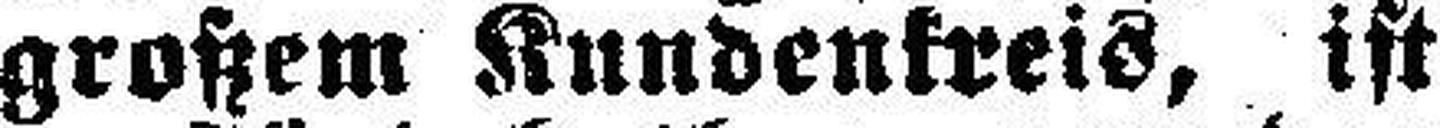
großem Kundenkreis, ist